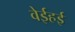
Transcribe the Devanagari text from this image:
वेईहई